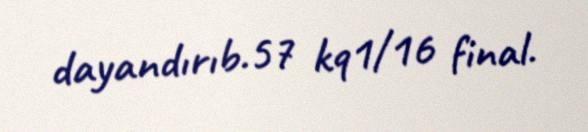
dayandırıb.57 kq1/16 final.